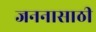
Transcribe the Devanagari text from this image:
जननासाठी